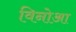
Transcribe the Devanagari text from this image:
विनोआ